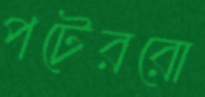
পটেররো